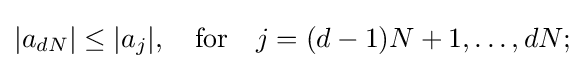
|a_{dN}|\leq |a_{j}|,\quad {\text{for}}\quad j=(d-1)N+1,\dots ,dN;